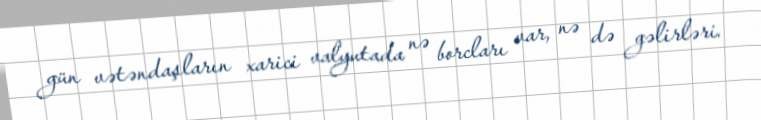
gün vətəndaşların xarici valyutada nə borcları var, nə də gəlirləri.